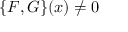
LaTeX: \{ F , G \} ( x ) \neq 0